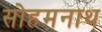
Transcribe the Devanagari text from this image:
सोहमनाथ